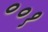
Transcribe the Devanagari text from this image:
००१